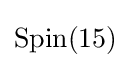
\mathrm {Spin} (15)